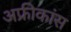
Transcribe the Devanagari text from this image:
अफ्रीकांस